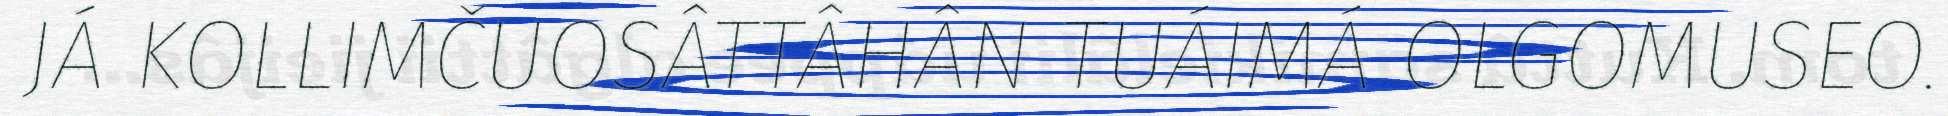
JÁ KOLLIMČUOSÂTTÂHÂN TUÁIMÁ OLGOMUSEO.